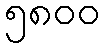
၅၈၀၀